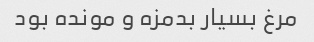
مرغ بسیار بدمزه و مونده بود